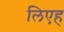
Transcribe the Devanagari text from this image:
लिएह